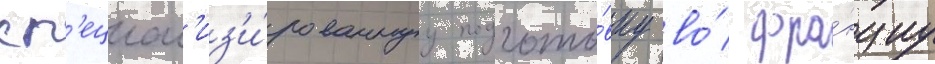
сп'ециал'из'и́рованнуу подгото́вку во́ фра́нциу